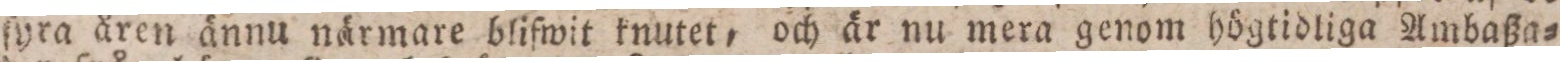
ſyra åren ännu närmare blifwit knutet, och är nu mera genom högtidliga Ambaßa=